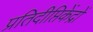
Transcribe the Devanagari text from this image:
प्रतिदीप्तिकेंद्रों